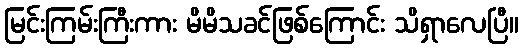
မြင်းကြမ်းကြီးကား မိမိသခင်ဖြစ်ကြောင်း သိရှာလေပြီ။